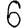
Digit: 6